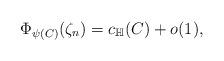
LaTeX: \begin{align*}\Phi_{\psi(C)}(\zeta_n) = c_{\mathbb{H}}(C) + o(1),\end{align*}